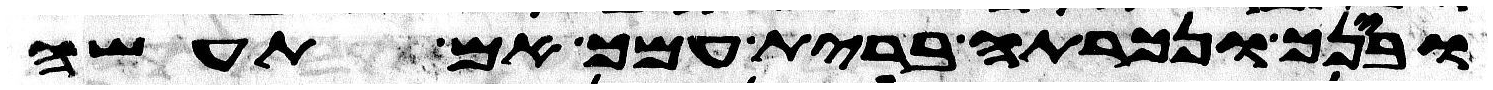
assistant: ובינך ונכרתה ברית עמך אם תעשה